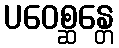
ပဝေစ္ဆန္တေ